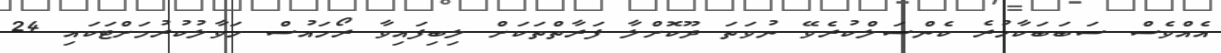
އެއްވެސް ސަބަބަކާހުރެ ކެންސަލްކުރެވޭ ނުވަތަ ދޫކޮށްލާ ފަރާތްތަކަށް ލިބިފައިވާ ރޯހައުސް ހަވާލުކުރުމަށްޓަކައި 24